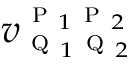
{ v } _ { \textsc { q } _ { 1 } \textsc { q } _ { 2 } } ^ { \textsc { p } _ { 1 } \textsc { p } _ { 2 } }